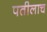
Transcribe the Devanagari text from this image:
पतीलाच